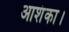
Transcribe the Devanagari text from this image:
आशंका।